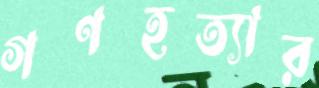
গণহত্যার